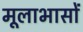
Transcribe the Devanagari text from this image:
मूलाभासों